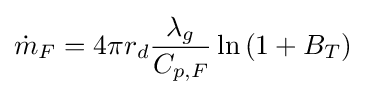
{\dot {m}}_{F}=4\pi r_{d}{\frac {\lambda _{g}}{C_{p,F}}}\ln \left(1+B_{T}\right)